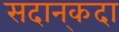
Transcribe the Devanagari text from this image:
सदान्‌कदा